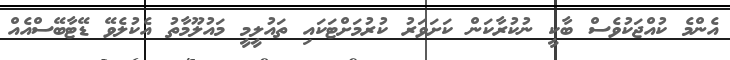
އެންމެ ކުއްޖަކުވެސް ބާކީ ނުކުރާކަން ކަށަވަރު ކުރުމަށްޓަކައި ތައުލީމީ މައުލޫމާތު އެކުލެވޭ ޑޭޓާބޭސްއެއް